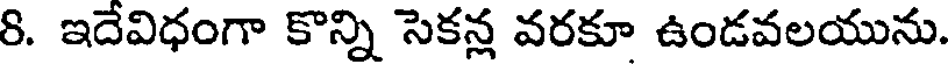
8. ఇదేవిధంగా కొన్ని సెకన్ల వరకూ ఉండవలయును.